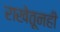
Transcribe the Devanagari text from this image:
राखेतूनही